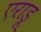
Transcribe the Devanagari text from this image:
एराडू